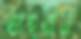
তাহরীন